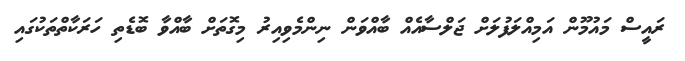
ރައީސް މައުމޫން އަމިއްލަފުލަށް ޖަލްސާއެއް ބާއްވަން ނިންމެވިއިރު މިގޮތަށް ބާއްވާ ބޮޑެތި ހަރަކާތްތަކުގައި